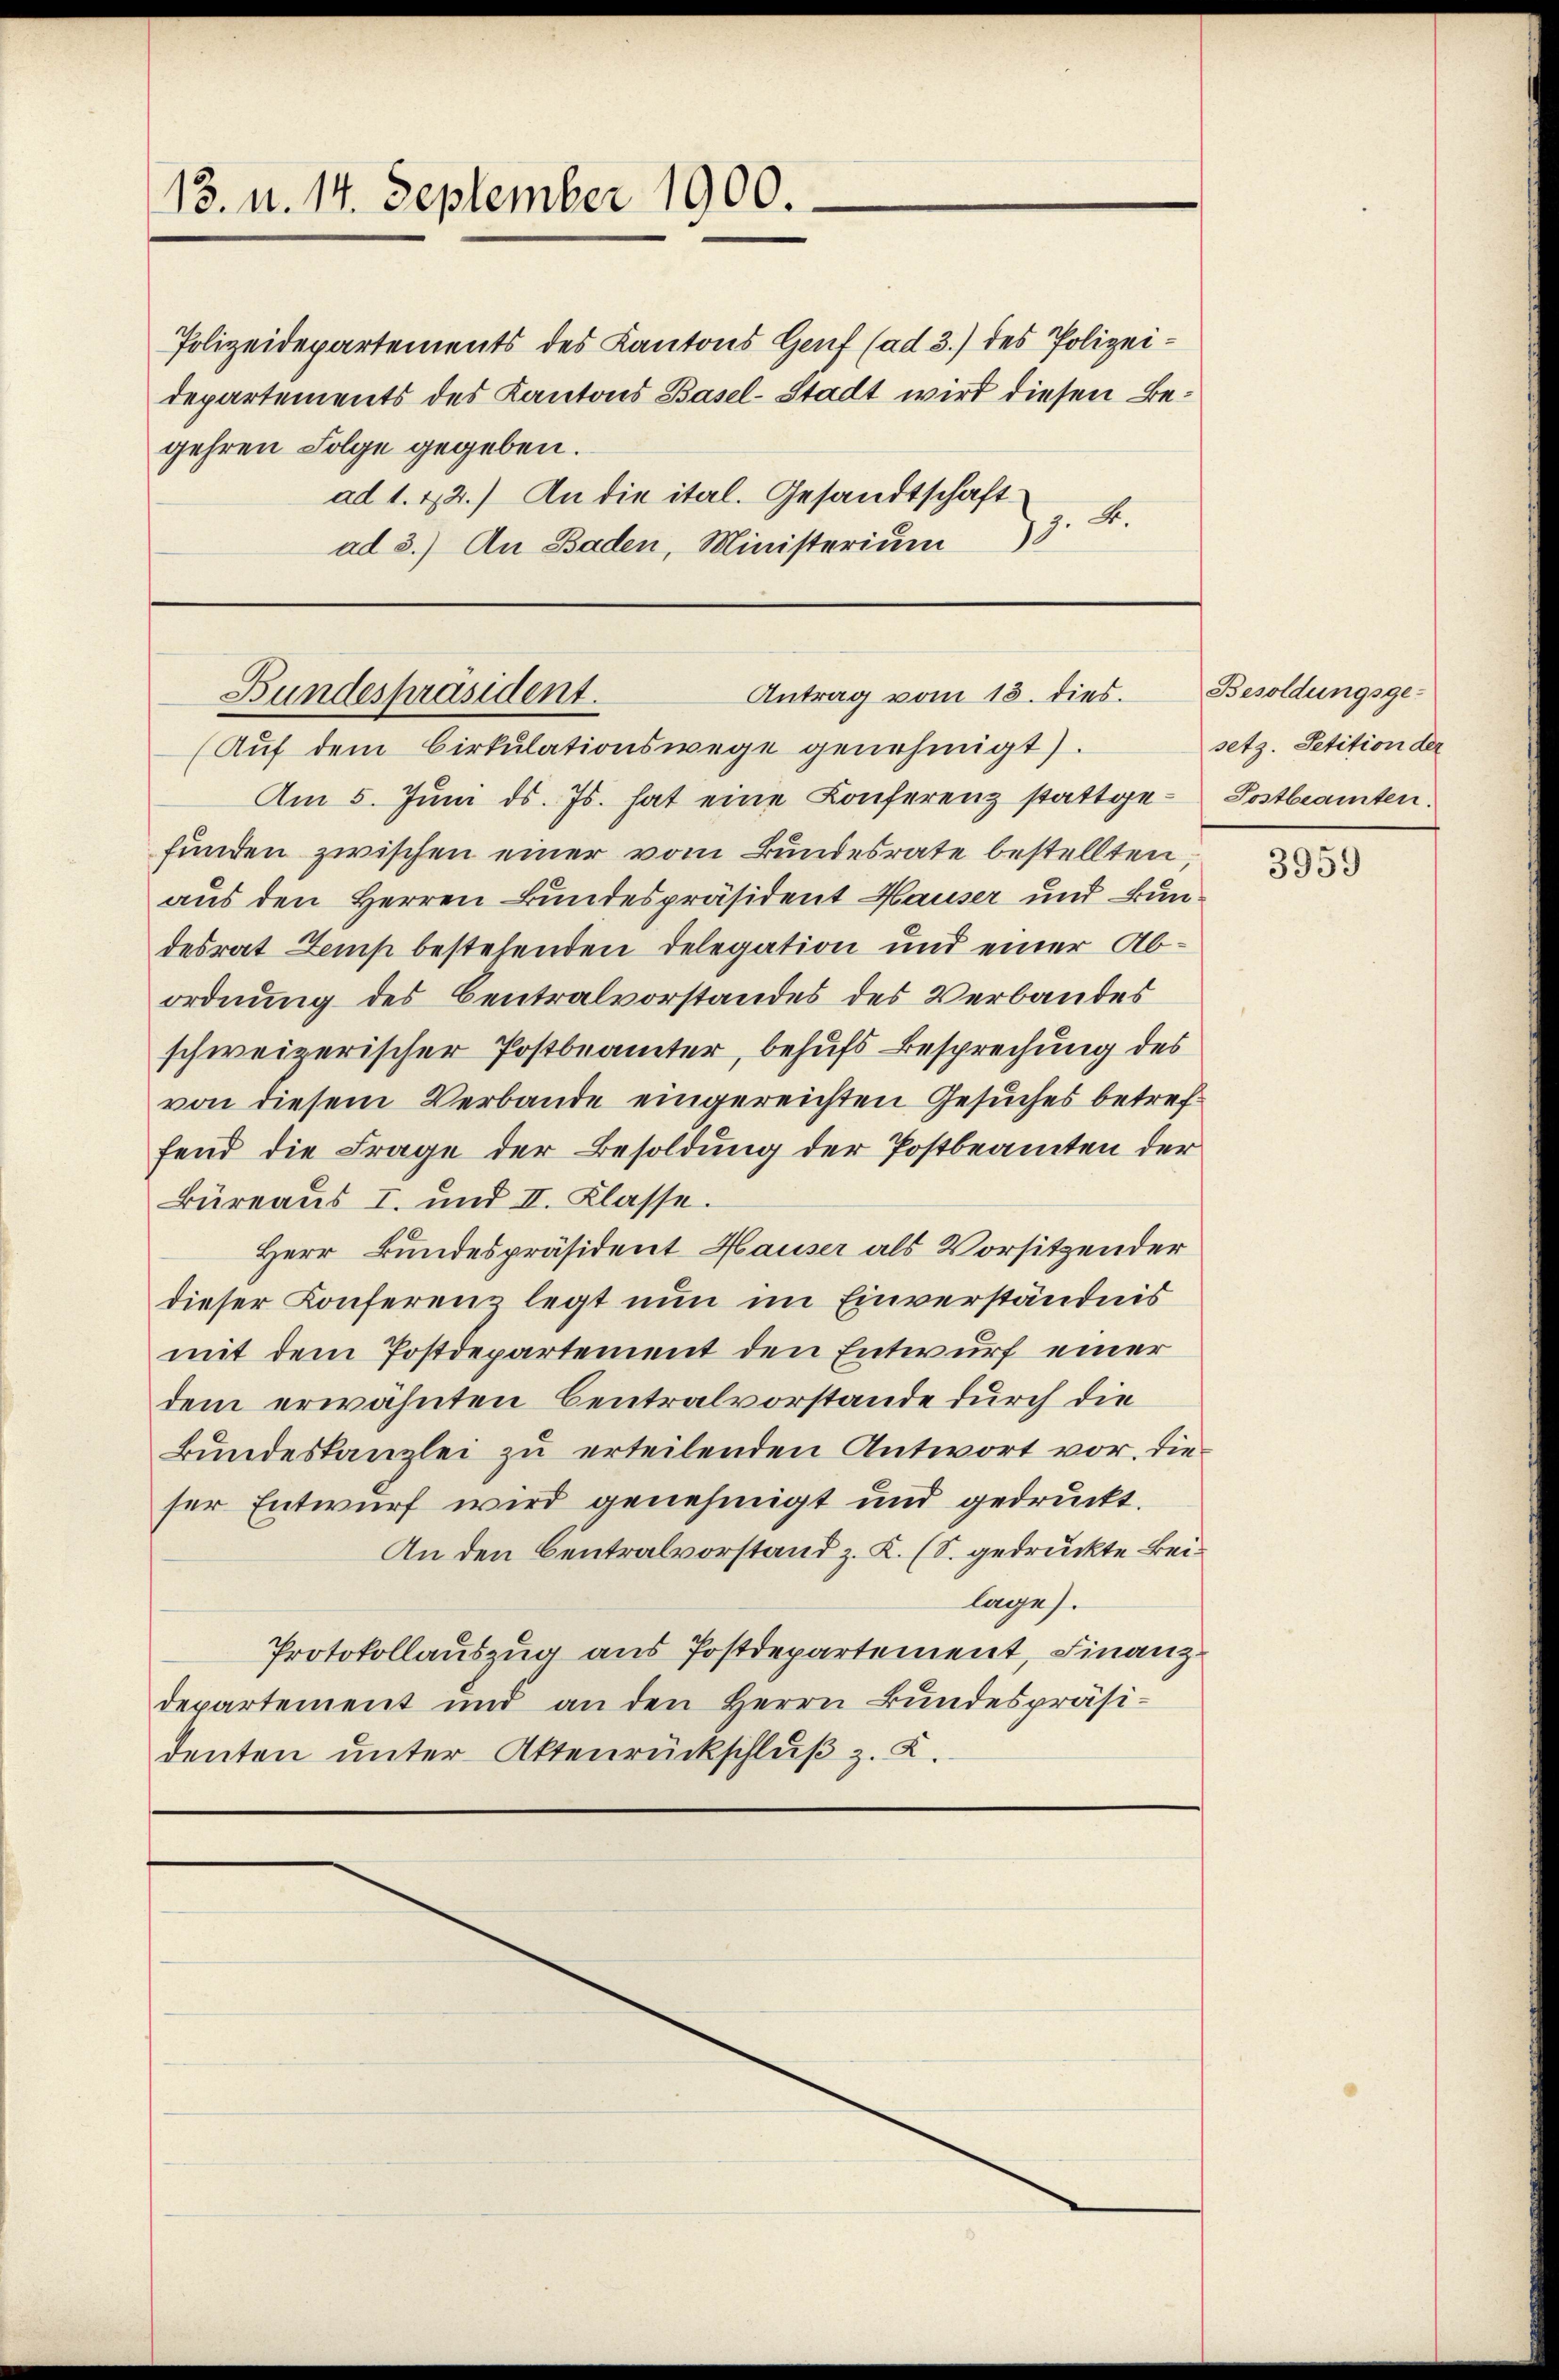
13. u. 14. September 1900.

Polizeidepartements des Kantons Genf (ad 3.) des Polizeidepartements des Kantons Basel-Stadt wird diesen Begehren Folge gegeben.
ad 1. 12.) An die ital. Gesandtschaft
ad 3.) An Baden, Ministerium 3. B.

Antrag vom 13. dies.
Bundespräsident.
(Auf dem Cirkulationswege genehmigt).

Am 5. Juni d. Js. hat eine Conferenz stattgefunden zwischen einer vom Bundesrate bestellten,
aus den Herren Bundespräsident Hauser und Bundesrat Zemp bestehenden Delegation und einer Abordnung des Centralvorstandes des Verbandes
schweizerischer Postbeamter, behufs Besprechung des
von diesem Verbande eingereichten Gesuches betreffend die Frage der Besoldung der Postbeamten der
Büreaus I. und II. Klasse.
Herr Bundespräsident Hauser als Vorsitzender
dieser Konferenz legt nun im Einverständnis
mit dem Postdepartement den Entwurf einer
dem erwähnten Centralvorstande durch die
Bundeskanzlei zu erteilenden Antwort vor. Die
ser Entwurf wird genehmigt und gedruckt.
An den Centralvorstand z. K. (S. gedruckte Beilage).
Protokollauszug aus Postdepartement, Finanzdepartement und an den Herrn Bundespräsi-
denten unter Aktenrückschluß z. Z.

Besoldungsge-
setz. Petition der
Postbeamten.

3959